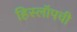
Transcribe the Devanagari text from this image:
हिस्लॉपची